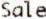
SALE